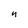
Character: n